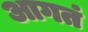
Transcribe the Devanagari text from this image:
आगतं